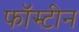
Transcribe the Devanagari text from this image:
फॉस्टीन